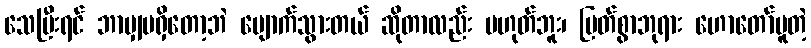
သေပြီးရင် ဘာမျှမရှိတော့ဘဲ ပျောက်သွားတယ် ဆိုတာလည်း မဟုတ်ဘူး၊ မြတ်စွာဘုရား ဟောတော်မူတဲ့